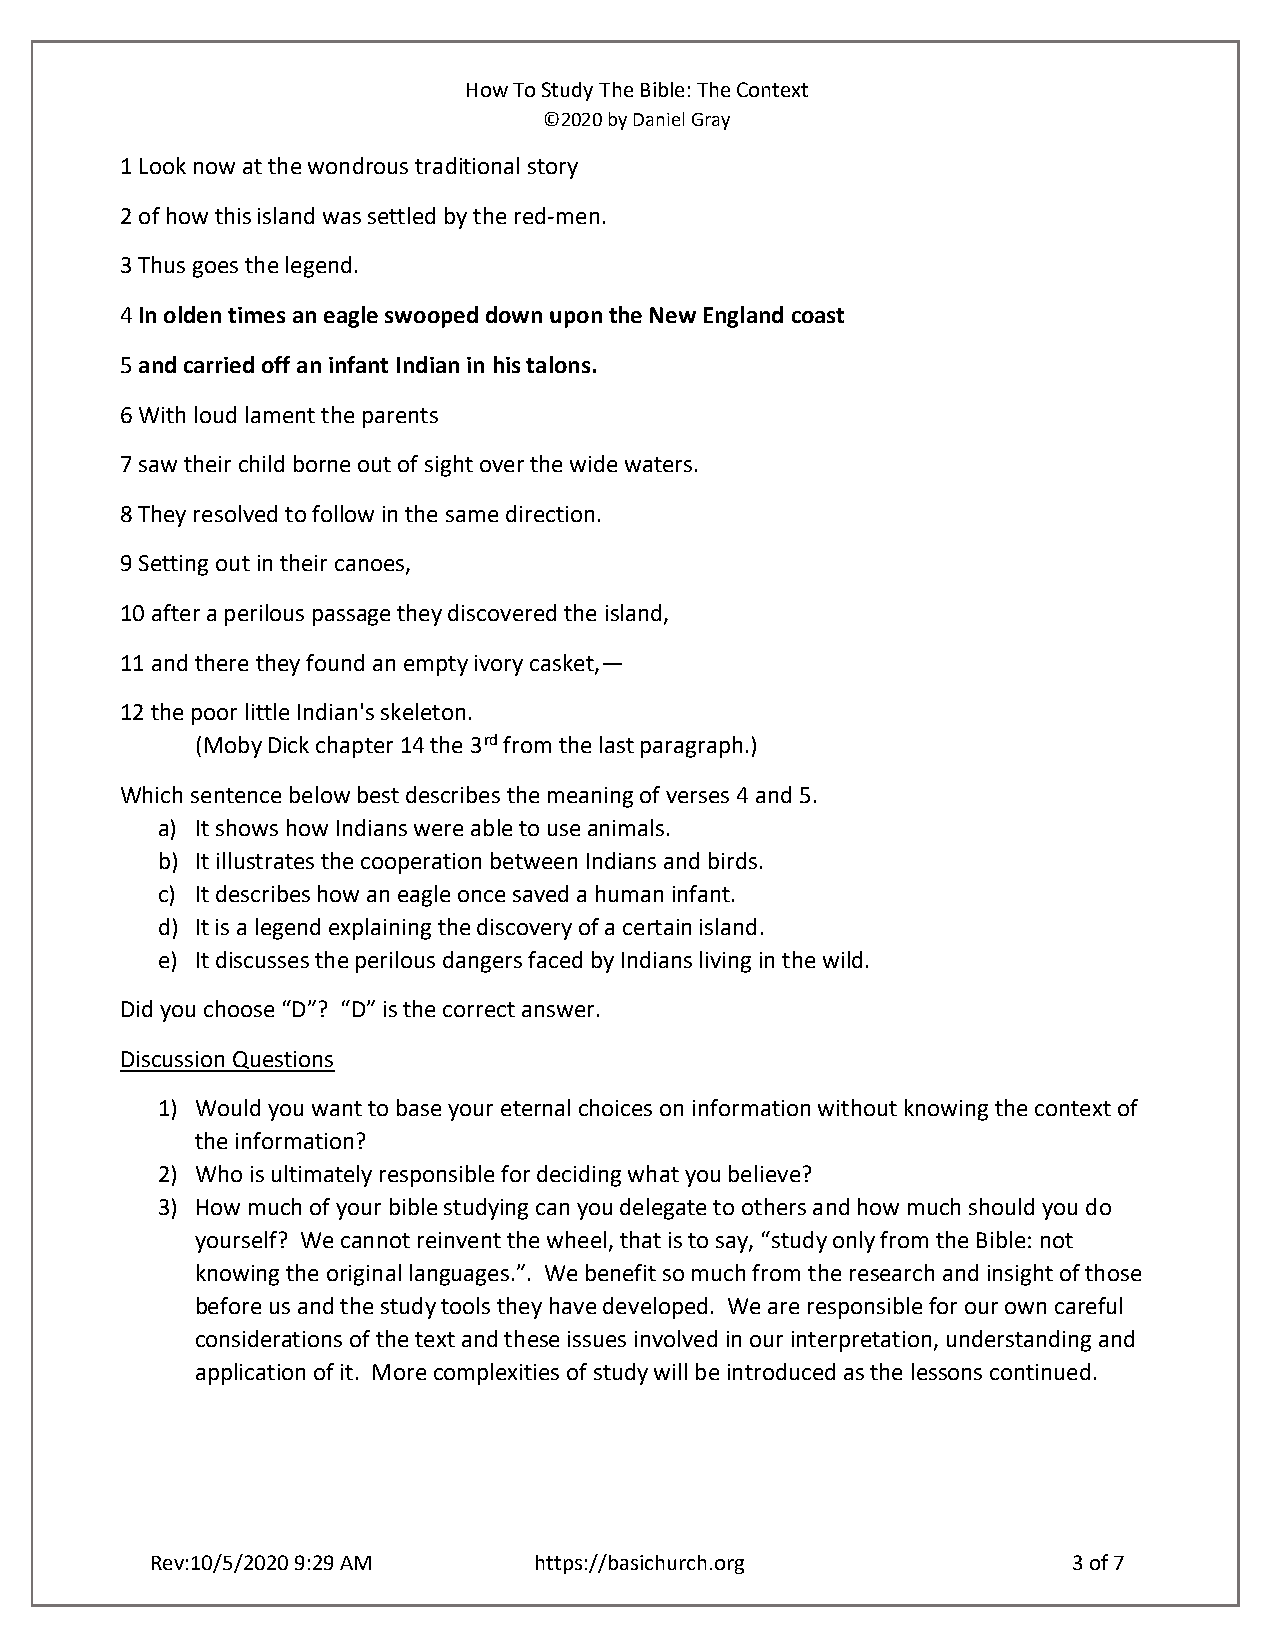
How To Study The Bible: The Context
 ©2020 by Daniel Gray
 1 Look now at the wondrous traditional story
 2 of how this island was settled by the red-men.
 3 Thus goes the legend.
 4 In olden times an eagle swooped down upon the New England coast
 5 and carried off an infant Indian in his talons.
 6 With loud lament the parents
 7 saw their child borne out of sight over the wide waters.
 8 They resolved to follow in the same direction.
 9 Setting out in their canoes,
 10 after a perilous passage they discovered the island,
 11 and there they found an empty ivory casket,—
 12 the poor little Indian's skeleton.
 (Moby Dick chapter 14 the 3rd from the last paragraph.)
 Which sentence below best describes the meaning of verses 4 and 5.
 a) It shows how Indians were able to use animals.
 b) It illustrates the cooperation between Indians and birds.
 c) It describes how an eagle once saved a human infant.
 d) It is a legend explaining the discovery of a certain island.
 e) It discusses the perilous dangers faced by Indians living in the wild.
 Did you choose “D”? “D” is the correct answer.
 Discussion Questions
 1) Would you want to base your eternal choices on information without knowing the context of
 the information?
 2) Who is ultimately responsible for deciding what you believe?
 3) How much of your bible studying can you delegate to others and how much should you do
 yourself? We cannot reinvent the wheel, that is to say, “study only from the Bible: not
 knowing the original languages.”. We benefit so much from the research and insight of those
 before us and the study tools they have developed. We are responsible for our own careful
 considerations of the text and these issues involved in our interpretation, understanding and
 application of it. More complexities of study will be introduced as the lessons continued.
 Rev:10/5/2020 9:29 AM    https://basichurch.org              3 of 7